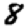
Digit: 8